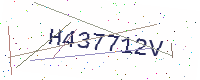
Text: H437712V